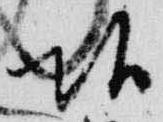
頭